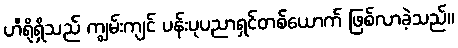
ဟီရိုရှိသည် ကျွမ်းကျင် ပန်းပုပညာရှင်တစ်ယောက် ဖြစ်လာခဲ့သည်။